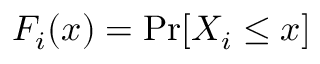
F _ { i } ( x ) = \operatorname* { P r } [ X _ { i } \leq x ]